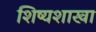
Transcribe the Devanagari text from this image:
शिष्यशाखा